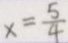
x = \frac { 5 } { 4 }